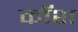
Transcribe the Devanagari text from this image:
कॉश